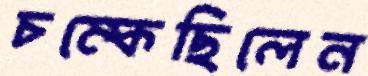
চম্‌কেছিলেন